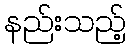
နည်းသည့်